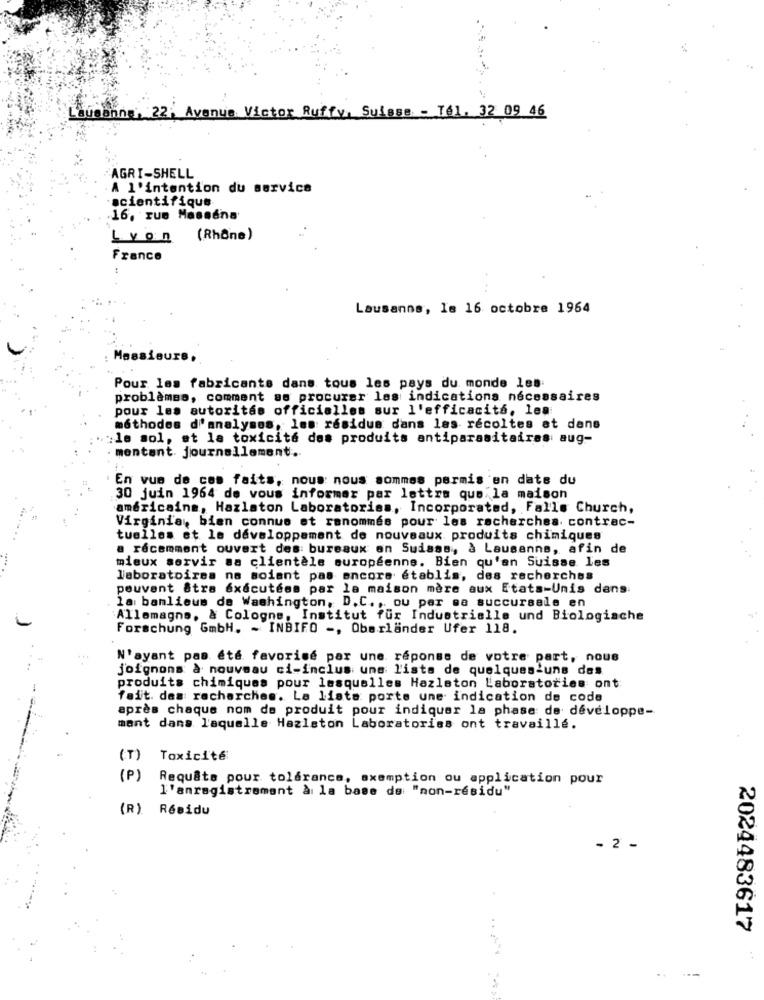
Lausanne, 22, Avenue Victor Ruffy, Suisse - T61, 32 09 46
AGRI-SHELL
A l'intention du service
scientifique
16, rue Masséna'
Lyon (Rhône)
France
Lausanne, Is 16 octobre 1964
Messieurs,
Pour les fabricants dans tous les pays du monde les
problèmes, comment se procurer les indications nécessaires
pour les autoritas officialles sur l'efficacité, lea
méthodes d'analymos, les résidus dans les récoltes et dans
:le sol, et la toxicité des produits antiparasitaires aug-
. montant. journallement ..
En vue de cos faits, nous nous sommes permis en date du
30 juin 1964 de vous informer par lettre que la maison
américains, Hazlaton Laboratories, Incorporated, Falls Church,
Virginie, bien connue et renommés pour les recherches contrac-
tuelles et le développement de nouveaux produits chimiques
a récemment ouvert des bureaux en Suisse, à Lausanne, afin de
mieux servir sa clientèle européenne. Bien qu'en Suisse les
laboratoires na soient pas encore etablis, des recherches
pouvant &tra exécutées par la maison mère aux Etats-unis dans
la banlieus de Washington, D.C ., ou par sa succursale en
Allemagne, & Cologne, Institut für Industrielle und Biologische
Forschung GmbH. - INBIFO -, Oberlander Ufer 118.
N'ayant pas été favorisé par une réponse de votre part, nous
joignons à nouveau ci-inclus uns lista de quelques-uns des
produits chimiques pour lesquelles Hazleton Laboratories ont
fait. des recherches. La lista porte une indication de code
après chaque nom de produit pour indiquer la phase de developpe-
mant dans laquelle Hazleton Laboratories ont travaillé.
(T)
Toxicité
( P)
Requête pour tolérance, exemption ou application pour
l'enregistrement à la base de: "non-résidu"
(R)
Résidu
- 2 -
2024483617